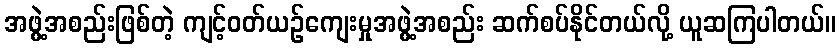
အဖွဲ့အစည်းဖြစ်တဲ့ ကျင့်ဝတ်ယဉ်ကျေးမှုအဖွဲ့အစည်း ဆက်စပ်နိုင်တယ်လို့ ယူဆကြပါတယ်။